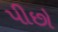
પીછો